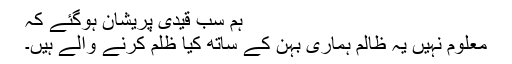
ہم سب قیدی پریشان ہوگئے کہ
معلوم نہیں یہ ظالم ہماری بہن کے ساتھ کیا ظلم کرنے والے ہیں۔